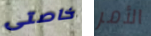
خاصتى الأمر